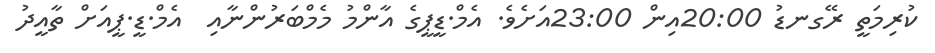
ކުރިމަތީ ރޭގނޑު 20:00އިން 23:00އަށެވެ. އެމް.ޑީޕީގެ އާންމު މެމްބަރުންނާއި  އެމް.ޑީ.ޕީއަށް ތާއީދު